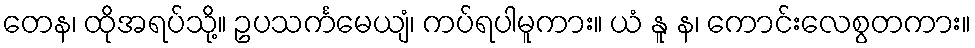
တေန၊ ထိုအရပ်သို့။ ဥပသင်္ကမေယျံ၊ ကပ်ရပါမူကား။ ယံ နူ န၊ ကောင်းလေစွတကား။